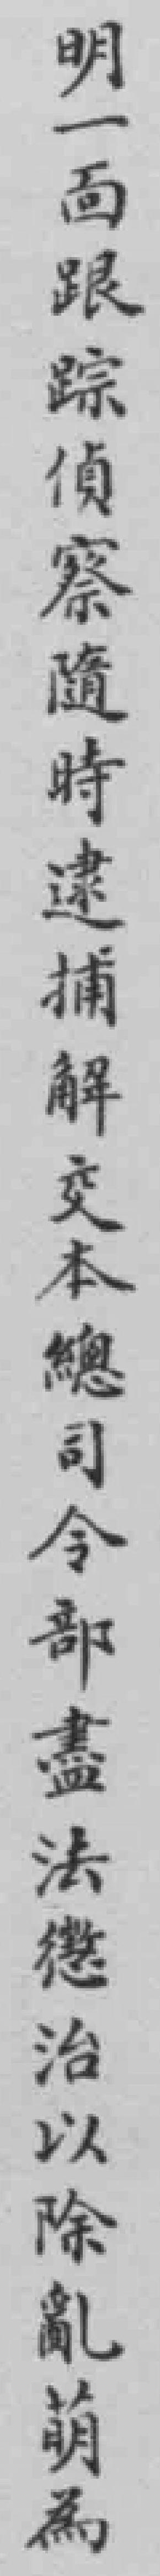
明一靣跟踪偵察隨時逮捕解交本總司令部盡法懲治以除亂萌為